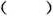
()